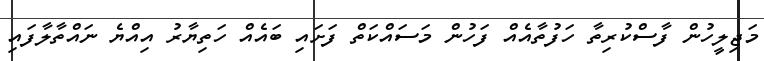
މަޖިލީހުން ފާސްކުރިތާ ހަފުތާއެއް ފަހުން މަސައްކަތް ފަށައި ބައެއް ހަތިޔާރު އިއްޔެ ނައްތާލާފައި